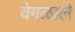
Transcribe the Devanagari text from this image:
वेगळाले